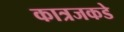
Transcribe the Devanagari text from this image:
कात्रजकडे